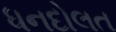
ધનદોલત